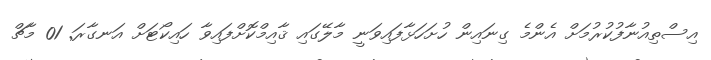
އިސްތިއުނާފުކުރުމަށް އެންމެ ގިނައިން ހުށަހަޅާފައިވަނީ މާލޭގައި ޤާއިމްކޮށްފައިވާ ހައިކޯޓަށް އަނގާރަ